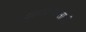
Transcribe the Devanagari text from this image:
कादंबऱ्यांसाठी